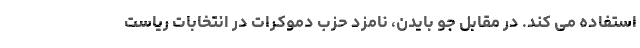
استفاده می کند. در مقابل جو بایدن، نامزد حزب دموکرات در انتخابات ریاست